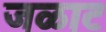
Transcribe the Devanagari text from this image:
जळाट